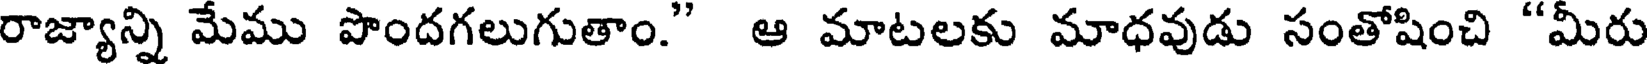
రాజ్యాన్ని మేము పొందగలుగుతాం." ఆ మాటలకు మాధవుడు సంతోషించి "మీరు